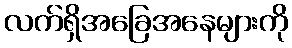
လက်ရှိအခြေအနေများကို